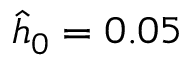
\hat { h } _ { 0 } = 0 . 0 5